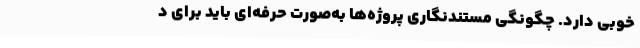
خوبی دارد. چگونگی مستندنگاری پروژه‌ها به‌صورت حرفه‌ای باید برای د